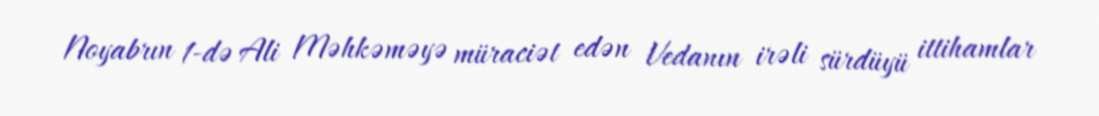
Noyabrın 1-də Ali Məhkəməyə müraciət edən Vedanın irəli sürdüyü ittihamlar